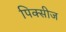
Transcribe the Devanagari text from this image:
पिक्सीज